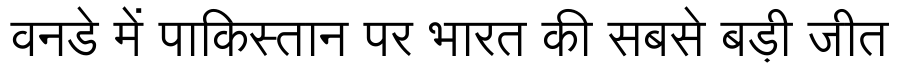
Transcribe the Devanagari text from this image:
वनडे में पाकिस्तान पर भारत की सबसे बड़ी जीत